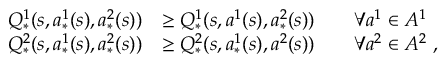
\begin{array} { r l } { Q _ { * } ^ { 1 } ( s , a _ { * } ^ { 1 } ( s ) , a _ { * } ^ { 2 } ( s ) ) } & { \geq Q _ { * } ^ { 1 } ( s , a ^ { 1 } ( s ) , a _ { * } ^ { 2 } ( s ) ) \qquad \forall a ^ { 1 } \in A ^ { 1 } } \\ { Q _ { * } ^ { 2 } ( s , a _ { * } ^ { 1 } ( s ) , a _ { * } ^ { 2 } ( s ) ) } & { \geq Q _ { * } ^ { 2 } ( s , a _ { * } ^ { 1 } ( s ) , a ^ { 2 } ( s ) ) \qquad \forall a ^ { 2 } \in A ^ { 2 } \ , } \end{array}